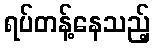
ရပ်တန့်နေသည့်